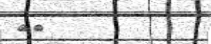
٧٥